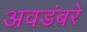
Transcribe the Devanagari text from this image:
अवडंबरे